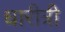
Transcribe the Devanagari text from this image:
धारीत्री